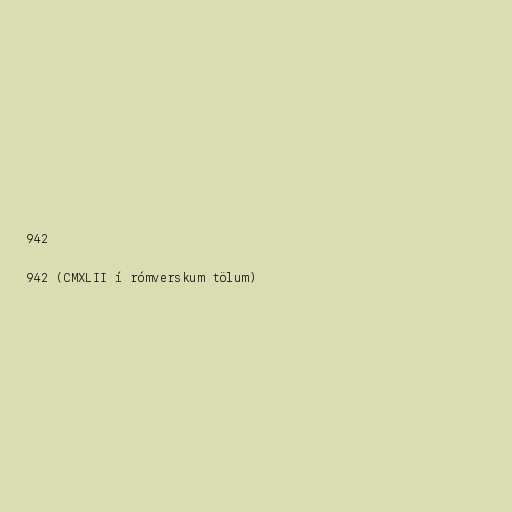
942

942 (CMXLII í rómverskum tölum)